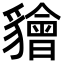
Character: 𧴚